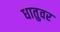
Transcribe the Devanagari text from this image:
धातुवर